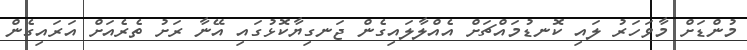
މުންޑަށް މާވަހަރު ލައި ކޮނޑުމައްޗަށް އެއްލާލައިގެން ޖަނގިޔާކޮޅުގައި އޭނާ ރަށު ތެރެއަށް އަރައިގެން